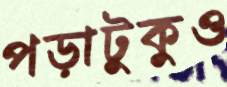
পড়াটুকুও